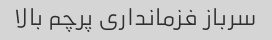
سرباز فزمانداری پرچم بالا